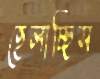
হেলাচ্ছিস